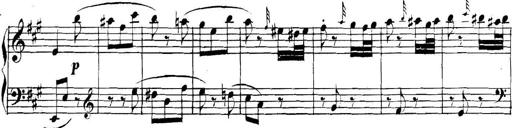
Title: Collected Piano Sonatas
Composer: Muzio Clementi